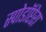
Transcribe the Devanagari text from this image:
स्पोडॉप्टेरा